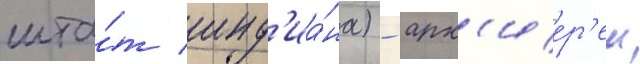
шта́т инд'иа́на) - арх'иер'еи